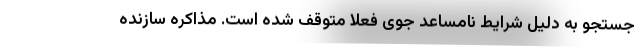
جستجو به دلیل شرایط نامساعد جوی فعلا متوقف شده است. مذاکره سازنده